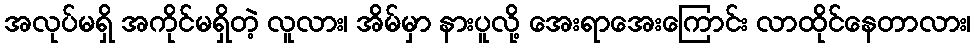
အလုပ်မရှိ အကိုင်မရှိတဲ့ လူလား၊ အိမ်မှာ နားပူလို့ အေးရာအေးကြောင်း လာထိုင်နေတာလား၊